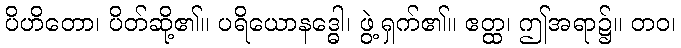
ပိဟိတော၊ ပိတ်ဆို့၏။ ပရိယောနဒ္ဓေါ၊ ဖွဲ့ရှက်၏။ ဧတ္ထ၊ ဤအရာ၌။ တဝ၊